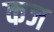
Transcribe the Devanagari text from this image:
कज